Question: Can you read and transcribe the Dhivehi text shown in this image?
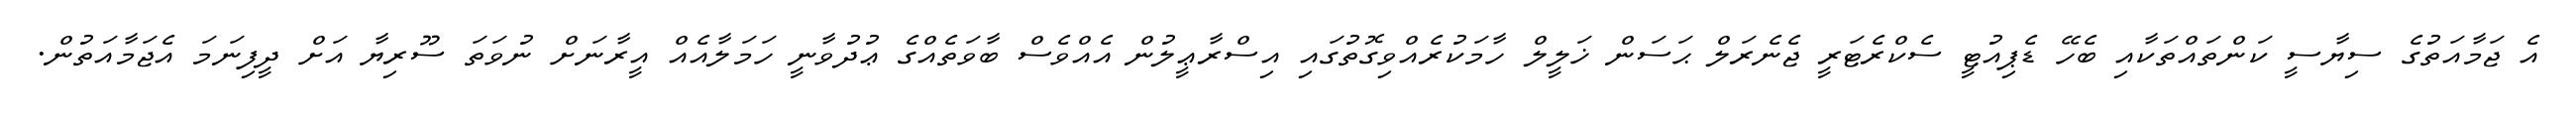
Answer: އެ ޖަމާއަތުގެ ސިޔާސީ ކަންތައްތަކާއި ބެހޭ ޑެޕިއުޓީ ސެކްރެޓަރީ ޖެނެރަލް ޙަސަން ޚަލީލް ހާމަކުރެއްވިގޮތުގައި އިސްރާޢީލުން އެއްވެސް ބާވަތެއްގެ ޢުދުވާނީ ހަމަލާއެއް އީރާނަށް ނުވަތަ ސޫރިޔާ އަށް ދީފިނަމަ އެޖަމާއަތުން.